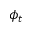
\phi _ { t }